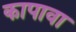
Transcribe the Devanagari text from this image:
कापावा